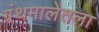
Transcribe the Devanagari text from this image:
ग्रंथमालेतला